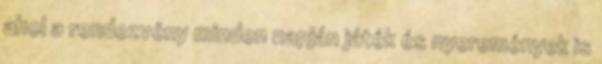
ahol a rendezvény minden napján játék és nyeremények is